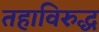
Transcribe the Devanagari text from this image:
तहाविरुद्ध